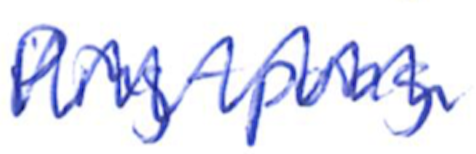
Text: Ping-pong
Cross-out: zig-zag
Writing tool: ballpoint